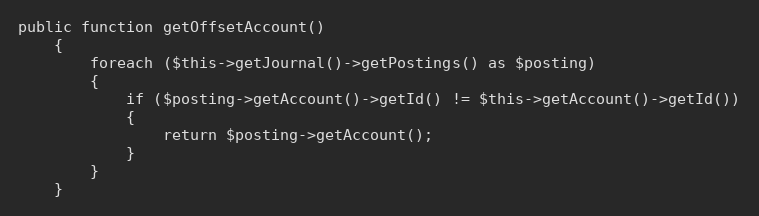
Language: PHP
public function getOffsetAccount()
    {
        foreach ($this->getJournal()->getPostings() as $posting)
        {
            if ($posting->getAccount()->getId() != $this->getAccount()->getId())
            {
                return $posting->getAccount();
            }
        }
    }